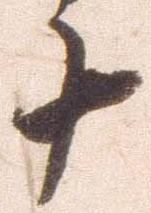
十